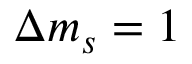
\Delta m _ { s } = 1